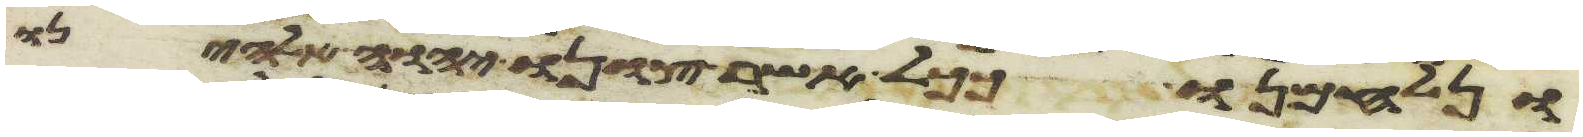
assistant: ונלחמנו ככל אשר צונו יהוה אלהינו